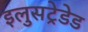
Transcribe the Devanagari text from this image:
इलुसट्रेडेड